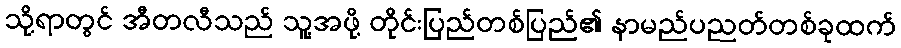
သို့ရာတွင် အီတလီသည် သူ့အဖို့ တိုင်းပြည်တစ်ပြည်၏ နာမည်ပညတ်တစ်ခုထက်